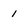
Character: 1